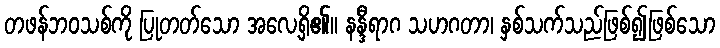
တဖန်ဘဝသစ်ကို ပြုတတ်သော အလေ့ရှိ၏။ နန္ဒီရာဂ သဟဂတာ၊ နှစ်သက်သည်ဖြစ်၍ဖြစ်သော